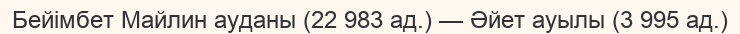
Бейімбет Майлин ауданы (22 983 ад.) — Әйет ауылы (3 995 ад.)